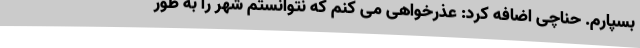
بسپارم. حناچی اضافه کرد: عذرخواهی می کنم که نتوانستم شهر را به طور